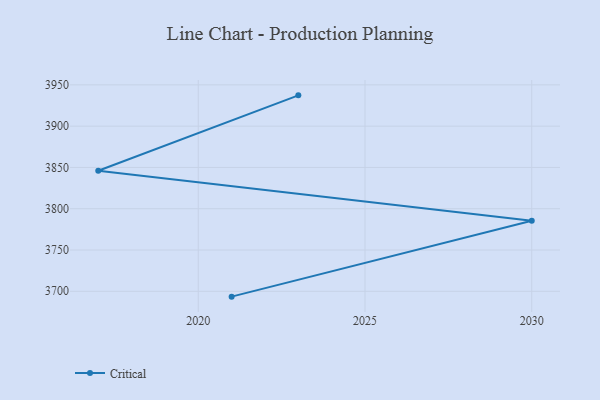
{"axis": {"x": "Year", "y": "Budget (USD K)"}, "legend": ["Critical"], "data": [{"x": "2023", "y": 3937.3, "type": "Critical"}, {"x": "2017", "y": 3846.0, "type": "Critical"}, {"x": "2030", "y": 3785.4, "type": "Critical"}, {"x": "2021", "y": 3693.5, "type": "Critical"}]}